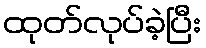
ထုတ်လုပ်ခဲ့ပြီး